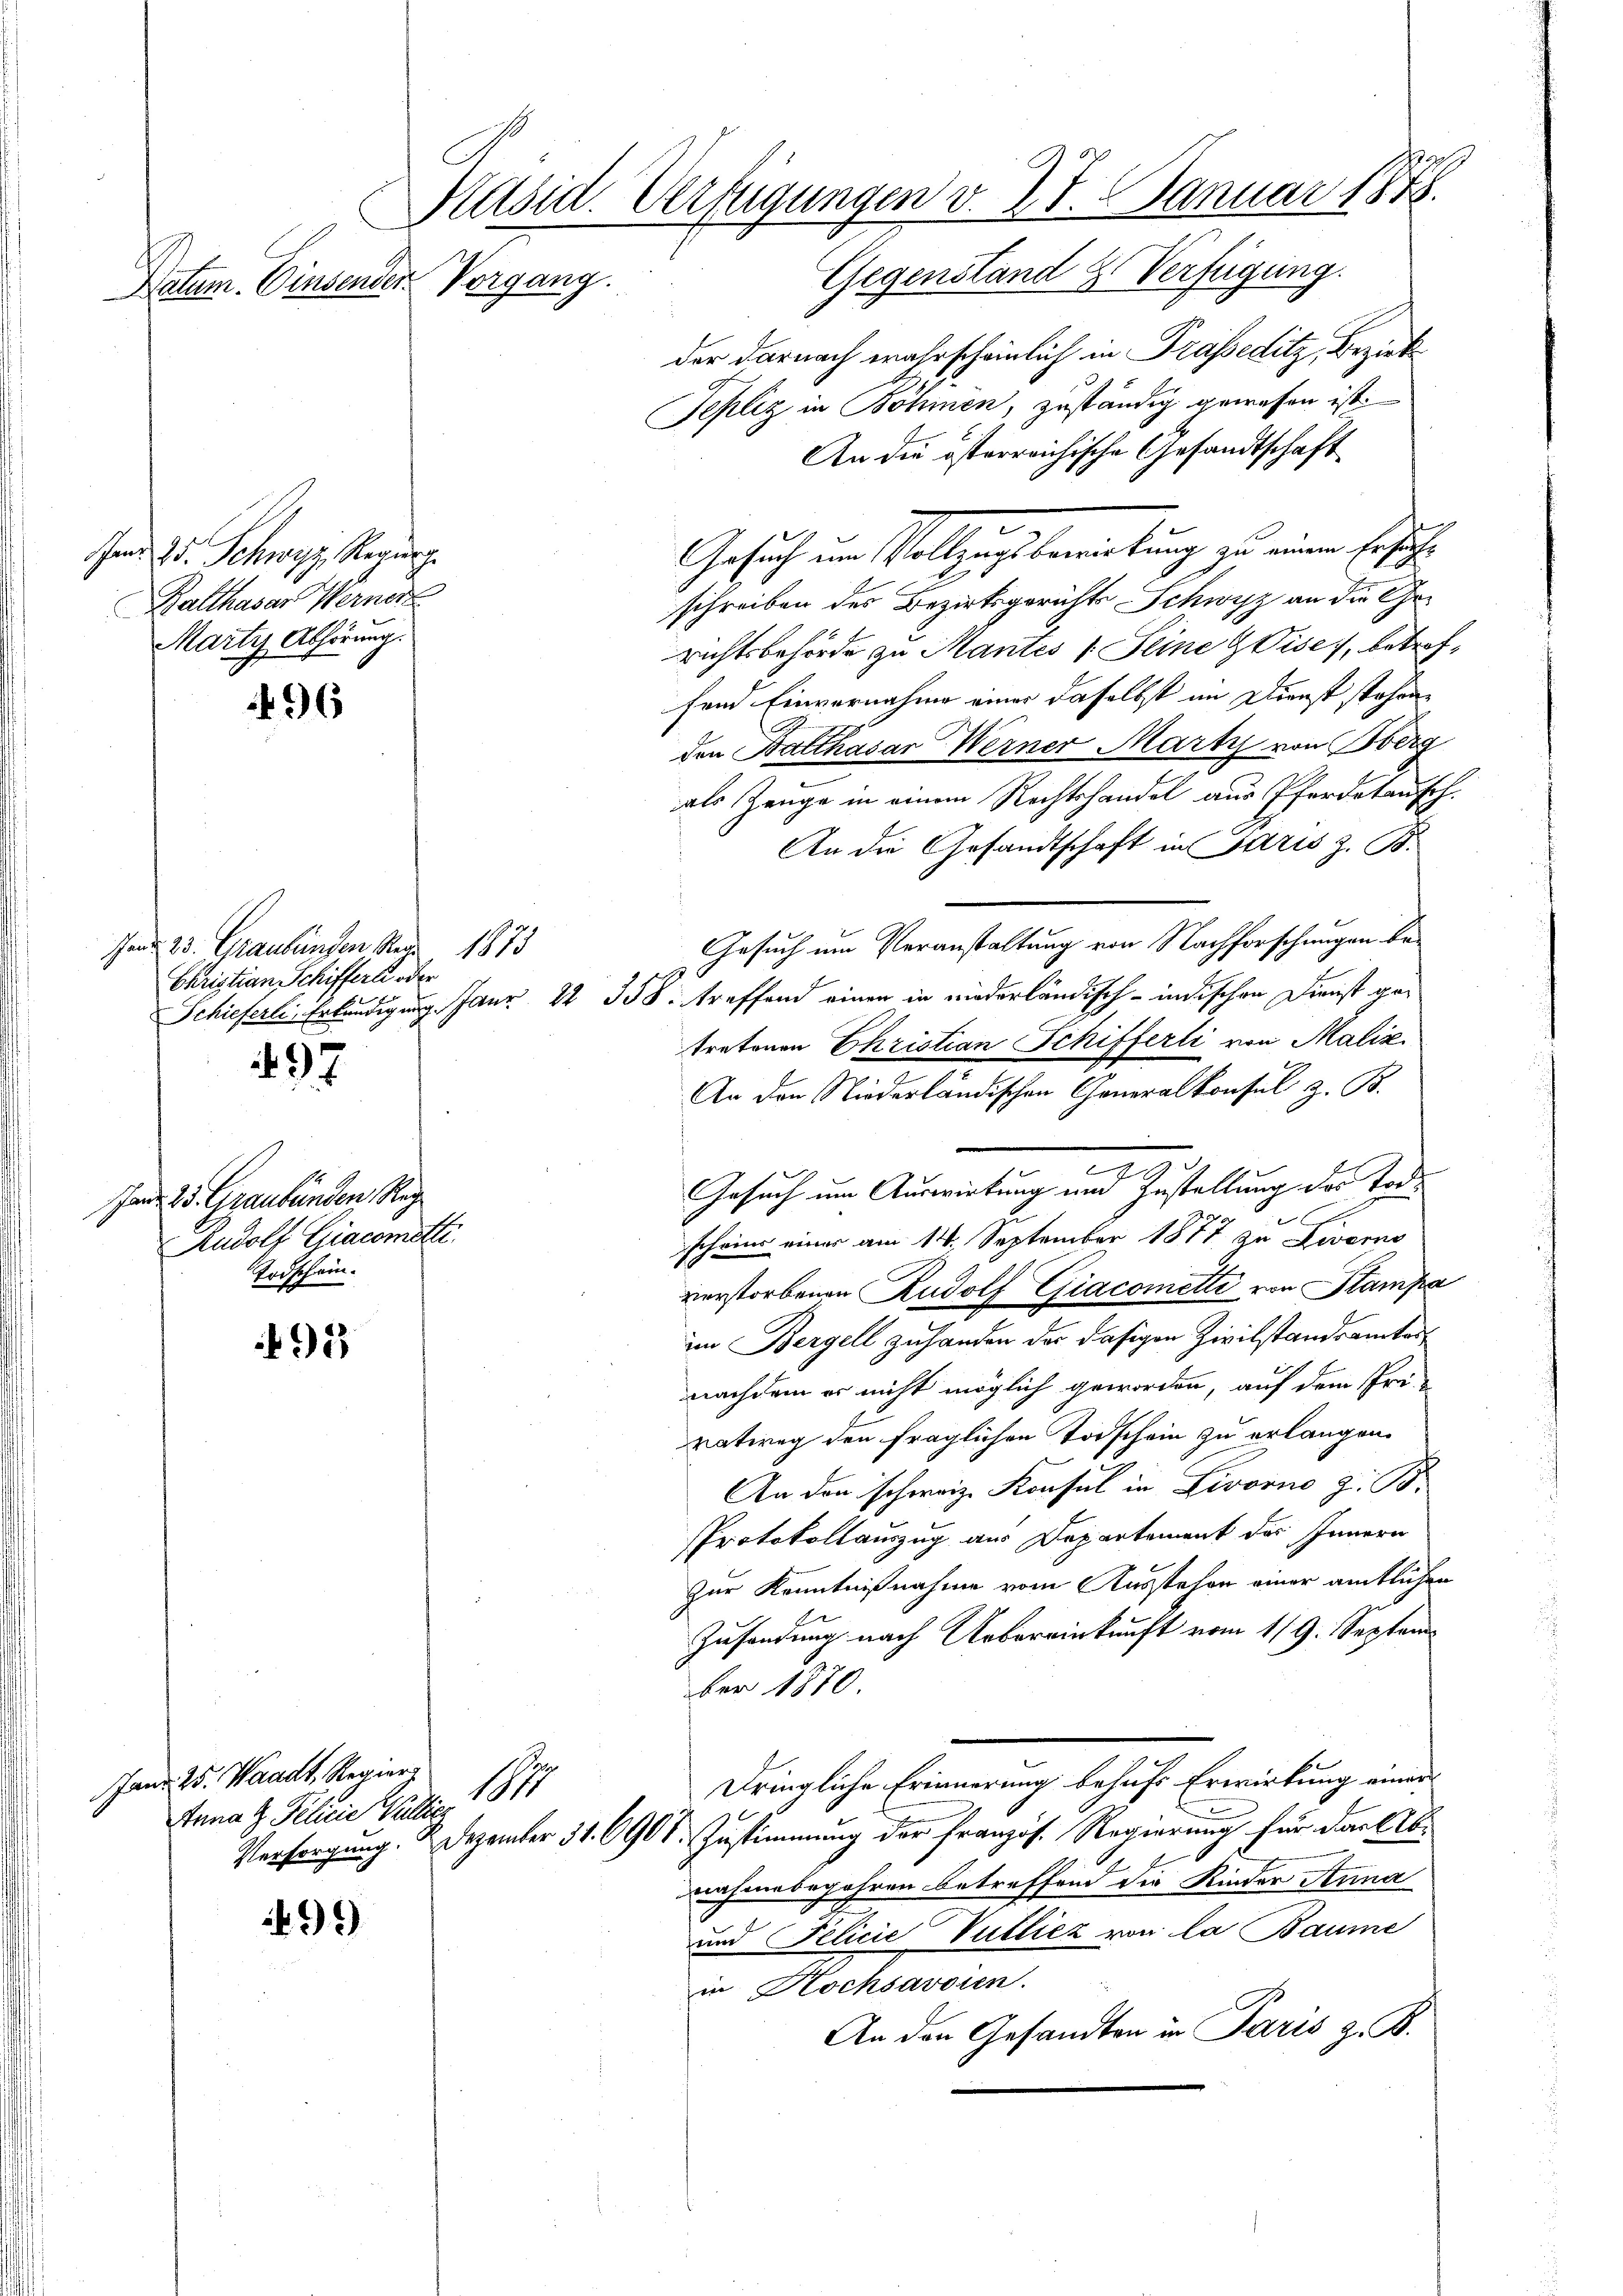
Vorgang.
Natum. Einsender.

Jan. 25. Schwyz, Regung
Balthasar Werner
Marty Abhörung.

496

Ien 23. Graubünden Merz 1873
Christian Schiffern oder

197

ad. 23. Graubünden Reg
Rudolf Giacomette.
Todschein.

92

Jand. 25. Waadt, Regier
Inna Z. Pelicie Wallie

99

1

der darnach wahrscheinlich in Trasseditz, Bezirk
Tepliz in Böhmen, zuständig gewesen ist.
An die österreichische Gesandtschaft
Gesuch um Vollzugsbereitung zu einen Ersuche
schreiben des Bezirksgerichts Schwyz an die Ge-
richtsbehörde zu Mantes 1 Seine Vise, betreffend Einvernahme einer daselbst im Dienst stehene
den Balthasar Werner Marty von Berg
als Zeuge in einem Rechtshandel aus Pferdetausch.
An die Gesandtschaft in Paris z. B.
Gesuch um Veranstaltung von Nachforschungen be¬
Schieferlei Erkundigung. Janz 22 358. treffend einen in niederländisch-indischen Dienst getratoren Ehristian Schifferli von Maliz
An den Niederländischen Generalkonsul z. B.
Gesuch um Auswirkung um Zustellung des Tode
e
scheine einer am 14. September 1877 zu Livers
verstorbenen Rudolf Giacometti von Stampa
im Bergell zu handen der dasigen Zivilstandsamtes
nachdem er nicht möglich geworden, auf dem Pri-
vatweg den fraglichen Torschein zu erlangen.
An den schweiz. Konsul in Livorno z. B.
Protokollauszug aus Departement des Innern
zur Kenntnißnahme vom Ausstehen einer amtlichen
Zusendung nach Uebereinkunft vom 1/9. Septem
ber 1870.
Dringliche Erinnerung behufs Erwirkung einer
Versorgung. 3. Dezember 31. 690. Zustimmung der französ. Regierung für das b
nahmebegehren betreffend die Kinder Anna
und Felicie Vulliez von la Baume
in Hochsavoien.
An den Gesandten in Paris z. B.

a
Käsid. Verfügungen v. 25. Januar 1878.
Gegenstand & Verfügung.

e